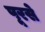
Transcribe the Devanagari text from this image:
पूरसे